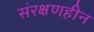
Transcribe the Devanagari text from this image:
संरक्षणहीन